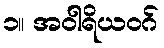
၁။ အဝါရိယဝဂ်